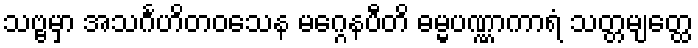
သဗ္ဗမှာ အသင်္ဂဟိတဝသေန မဂ္ဂေနပီတိ ဓမ္မပဏ္ဏာကာရံ သတ္တမျတ္ထေ